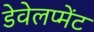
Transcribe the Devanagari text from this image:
डेवेलप्मेंट